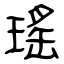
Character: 瑤